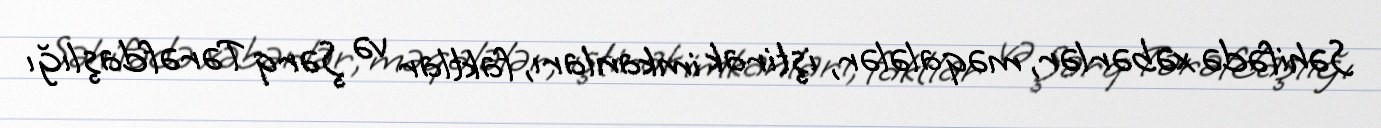
Səhifədə xəbərlər, məqalələr, iştirak imkanları, faktlar və Şərq Tərəfdaşlığı